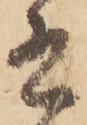
有